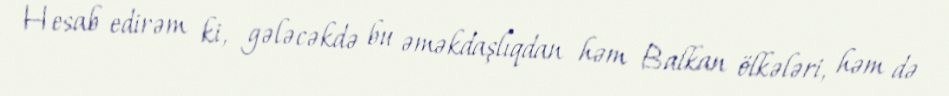
Hesab edirəm ki, gələcəkdə bu əməkdaşlıqdan həm Balkan ölkələri, həm də